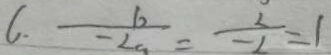
6 . \frac { b } { - 2 a } = \frac { 2 } { - 2 } = 1